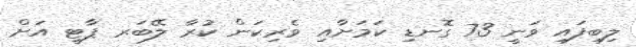
ލިބިފައި ވަނީ 73 ގޮނޑި ކަމަށާއި ވެރިކަން ކުރާ ލޭބަރ ޕާޓީ އަށް